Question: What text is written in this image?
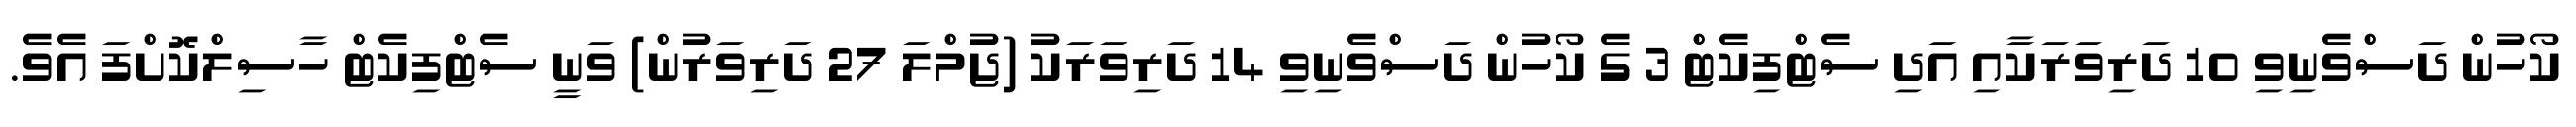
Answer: ކޯހުން ދަސްވެނިވި 10 ދަރިވަރަކާއި އަދި ސެޓްފިކެޓް 3 ގެ ކޯހުން ދަސްވެނިވި 14 ދަރިވަރަކު (ޖުމްލަ 27 ދަރިވަރުން) ވަނީ ސެޓްފިކެޓް ހާސިލްކޮށްފަ އެވެ.